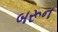
બરૂન